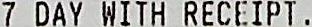
7 DAY WITH RECEIPT .